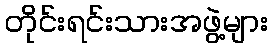
တိုင်းရင်းသားအဖွဲ့များ